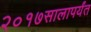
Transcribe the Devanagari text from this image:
२०१७सालापर्यंत